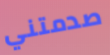
صدمتني